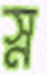
স্ন